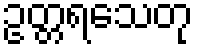
ဥတ္တရသေတု